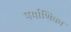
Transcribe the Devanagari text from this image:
पर्याणिका